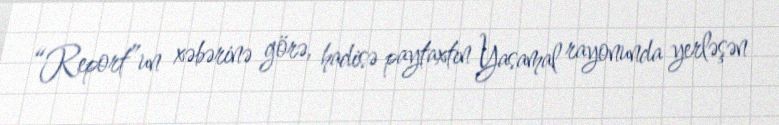
“Report”un xəbərinə görə, hadisə paytaxtın Yasamal rayonunda yerləşən